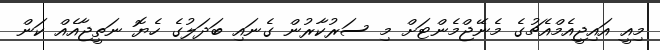
މިއީ އައިޖީއެމްއެޗުގެ މެނޭޖްމެންޓަށް މި ސަރުކާރުން ގެނައި ބަދަލުގެ ހެޔޮ ނަތީޖާއެއް ކަން